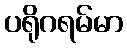
ပရိုဂရမ်မာ